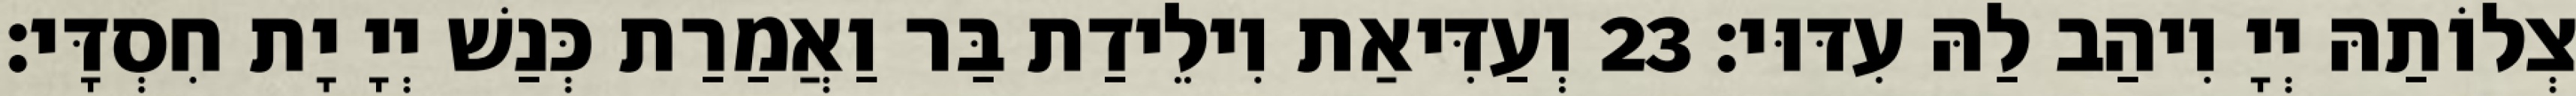
צְלוֹתַהּ יְיָ וִיהַב לַהּ עִדּוּי׃ 23 וְעַדִּיאַת וִילֵידַת בַּר וַאֲמַרַת כְּנַשׁ יְיָ יָת חִסְדָּי׃